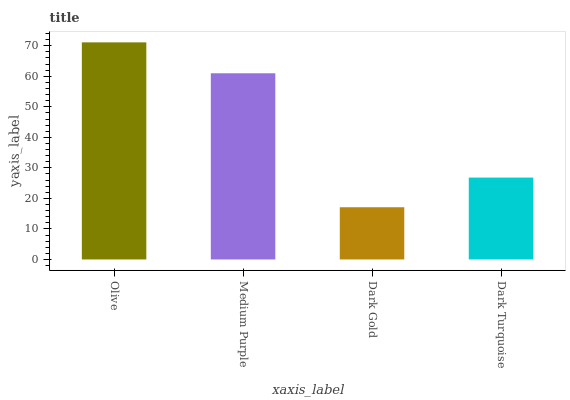
| xaxis_label | bars |
 | --- | --- |
 | Olive | 71.1 |
 | Medium Purple | 61 |
 | Dark Gold | 17.1 |
 | Dark Turquoise | 26.8 |